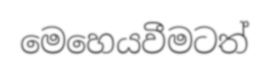
මෙහෙයවීමටත්